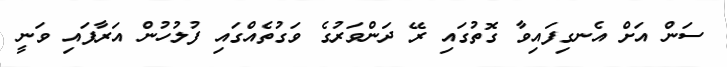
ސަން އަށް އެނގިފައިވާ ގޮތުގައި ރޭ ދަންވަރުގެ ވަގުތެއްގައި ފުލުހުން އަރާފައި ވަނީ